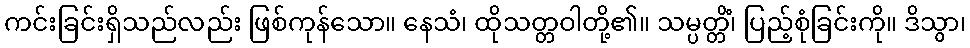
ကင်းခြင်းရှိသည်လည်း ဖြစ်ကုန်သော။ နေသံ၊ ထိုသတ္တဝါတို့၏။ သမ္ပတ္တိံ၊ ပြည့်စုံခြင်းကို။ ဒိသွာ၊